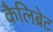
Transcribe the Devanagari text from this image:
कैलिब्रेट